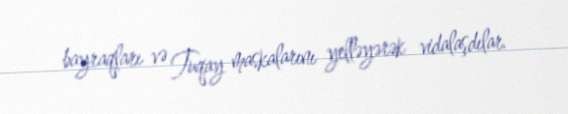
bayraqları və Tuqay maskalarını yelləyərək vidalaşdılar.